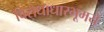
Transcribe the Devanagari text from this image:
विरोधाधारभूमये